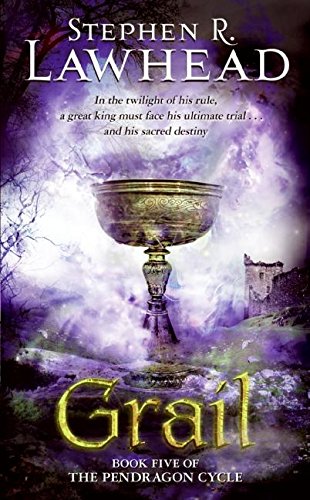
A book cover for Grail (The Pendragon Cycle, Book 5); Stephen R. Lawhead; Science Fiction & Fantasy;